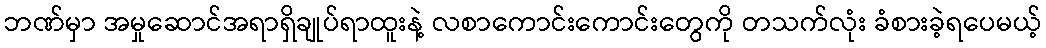
ဘဏ်မှာ အမှုဆောင်အရာရှိချုပ်ရာထူးနဲ့ လစာကောင်းကောင်းတွေကို တသက်လုံး ခံစားခဲ့ရပေမယ့်